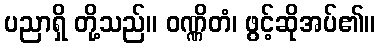
ပညာရှိ တို့သည်။ ဝဏ္ဏိတံ၊ ဖွင့်ဆိုအပ်၏။